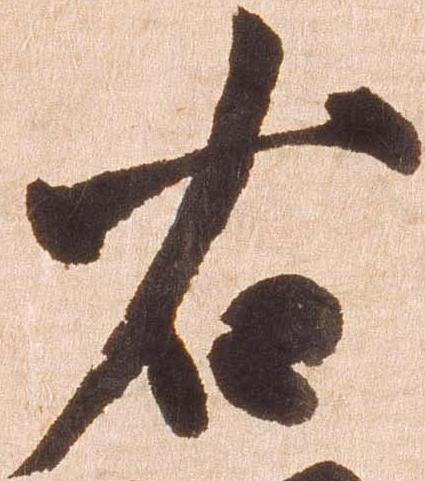
右